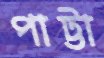
পাট্টা